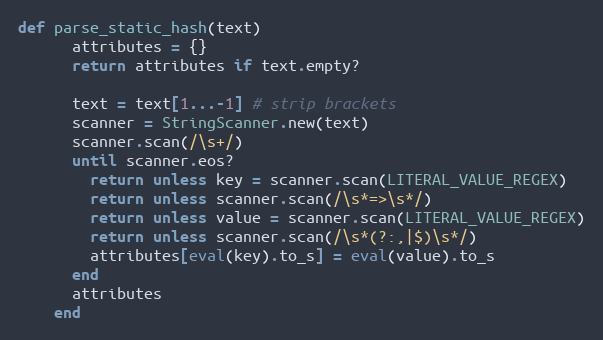
Language: Ruby
def parse_static_hash(text)
      attributes = {}
      return attributes if text.empty?

      text = text[1...-1] # strip brackets
      scanner = StringScanner.new(text)
      scanner.scan(/\s+/)
      until scanner.eos?
        return unless key = scanner.scan(LITERAL_VALUE_REGEX)
        return unless scanner.scan(/\s*=>\s*/)
        return unless value = scanner.scan(LITERAL_VALUE_REGEX)
        return unless scanner.scan(/\s*(?:,|$)\s*/)
        attributes[eval(key).to_s] = eval(value).to_s
      end
      attributes
    end